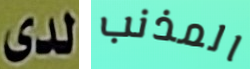
لدى المذنب